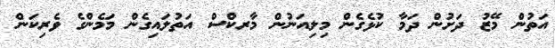
އަތުން މޭޒު ދަށުން ދަމާ ކުޅެގެން މިލިއަނުން މާރކްސް އަތުލައިގެން މަމެންގެ ވެެރިކަން